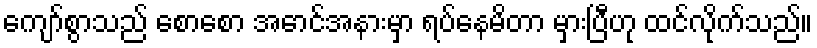
ကျော်စွာသည် စောစော အောင်အနားမှာ ရပ်နေမိတာ မှားပြီဟု ထင်လိုက်သည်။